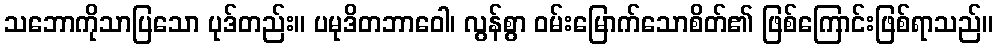
သဘောကိုသာပြသော ပုဒ်တည်း။ ပမုဒိတဘာဝေါ၊ လွန်စွာ ဝမ်းမြောက်သောစိတ်၏ ဖြစ်ကြောင်းဖြစ်ရာသည်။